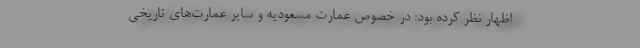
اظهار نظر کرده بود: در خصوص عمارت مسعودیه و سایر عمارت‌های تاریخی